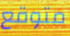
متوقع